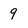
Character: 9